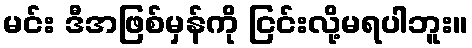
မင်း ဒီအဖြစ်မှန်ကို ငြင်းလို့မရပါဘူး။